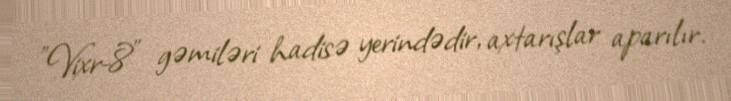
"Vixr-8" gəmiləri hadisə yerindədir, axtarışlar aparılır.